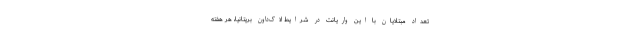
تعداد مبتلایان با این واریانت در شرایط لاک‌داون بریتانیا، هر هفته